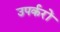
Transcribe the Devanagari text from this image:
उपर्करों